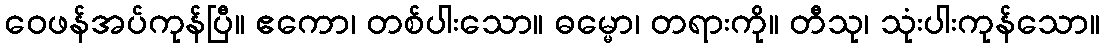
ဝေဖန်အပ်ကုန်ပြီ။ ဧကော၊ တစ်ပါးသော။ ဓမ္မော၊ တရားကို။ တီသု၊ သုံးပါးကုန်သော။